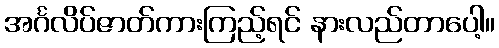
အင်္ဂလိပ်ဇာတ်ကားကြည့်ရင် နားလည်တာပေါ့။